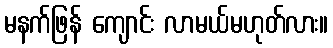
မနက်ဖြန် ကျောင်း လာမယ်မဟုတ်လား။